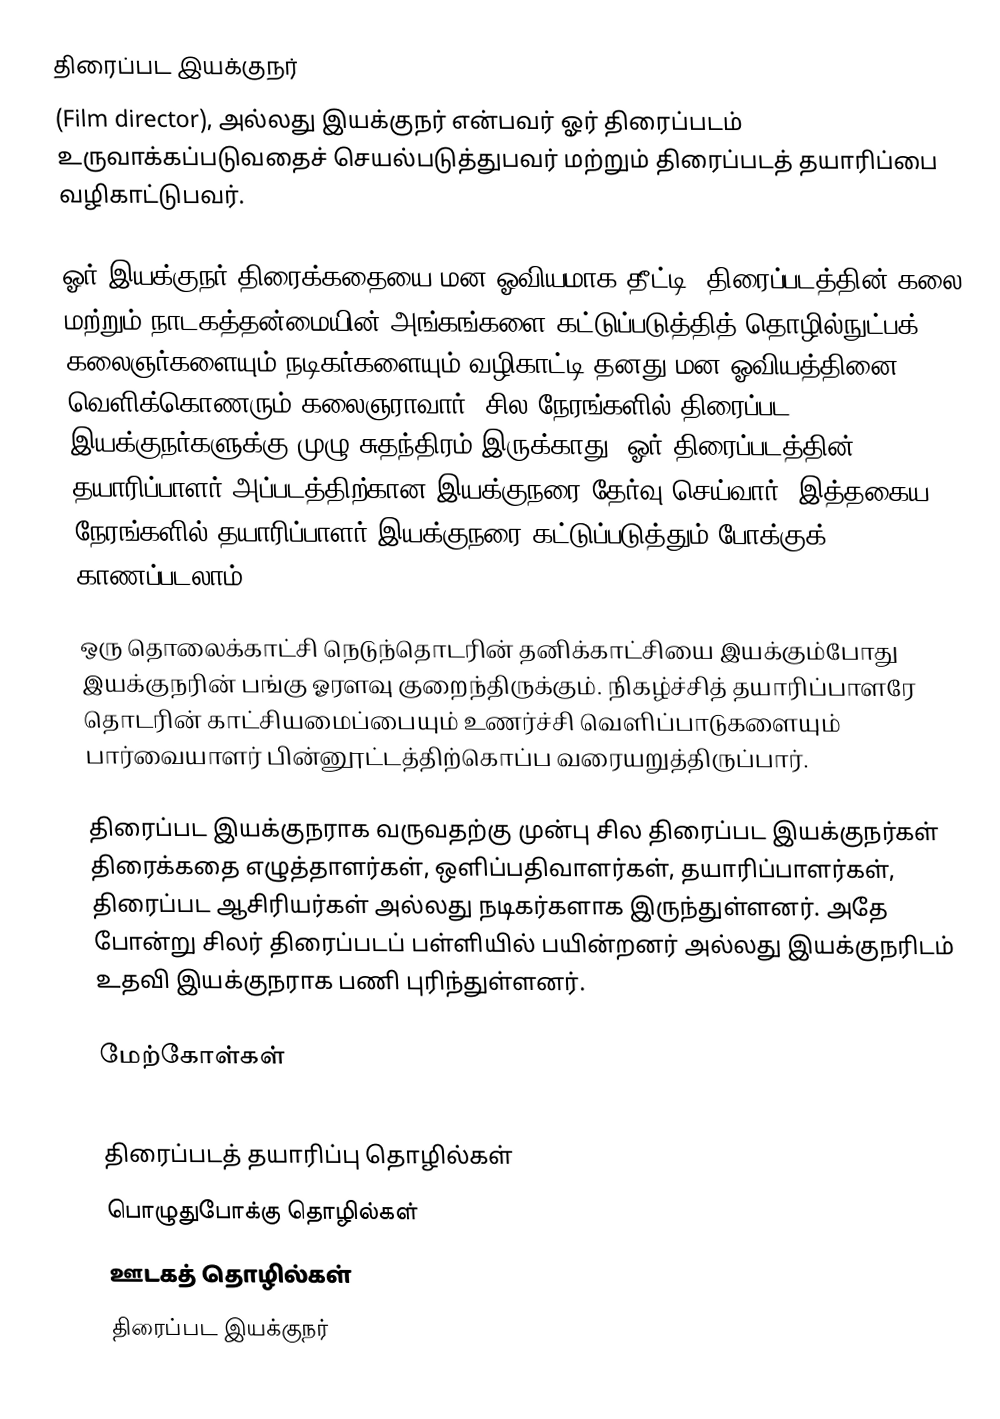
திரைப்பட இயக்குநர்
(Film director), அல்லது இயக்குநர் என்பவர் ஓர் திரைப்படம் உருவாக்கப்படுவதைச் செயல்படுத்துபவர் மற்றும் திரைப்படத் தயாரிப்பை வழிகாட்டுபவர்.

ஓர் இயக்குநர் திரைக்கதையை மன ஓவியமாக தீட்டி, திரைப்படத்தின் கலை மற்றும் நாடகத்தன்மையின் அங்கங்களை கட்டுப்படுத்தித் தொழில்நுட்பக் கலைஞர்களையும்  நடிகர்களையும் வழிகாட்டி தனது மன ஓவியத்தினை வெளிக்கொணரும் கலைஞராவார். சில நேரங்களில் திரைப்பட இயக்குநர்களுக்கு முழு சுதந்திரம் இருக்காது. ஓர் திரைப்படத்தின் தயாரிப்பாளர் அப்படத்திற்கான இயக்குநரை தேர்வு செய்வார். இத்தகைய நேரங்களில் தயாரிப்பாளர் இயக்குநரை கட்டுப்படுத்தும் போக்குக் காணப்படலாம்.

ஒரு தொலைக்காட்சி நெடுந்தொடரின் தனிக்காட்சியை இயக்கும்போது இயக்குநரின் பங்கு ஓரளவு குறைந்திருக்கும். நிகழ்ச்சித் தயாரிப்பாளரே தொடரின் காட்சியமைப்பையும் உணர்ச்சி வெளிப்பாடுகளையும் பார்வையாளர் பின்னூட்டத்திற்கொப்ப வரையறுத்திருப்பார்.

திரைப்பட இயக்குநராக வருவதற்கு முன்பு சில திரைப்பட இயக்குநர்கள் திரைக்கதை எழுத்தாளர்கள், ஒளிப்பதிவாளர்கள், தயாரிப்பாளர்கள், திரைப்பட ஆசிரியர்கள் அல்லது நடிகர்களாக இருந்துள்ளனர். அதே போன்று  சிலர் திரைப்படப் பள்ளியில் பயின்றனர் அல்லது இயக்குநரிடம் உதவி இயக்குநராக பணி புரிந்துள்ளனர்.

மேற்கோள்கள்

திரைப்படத் தயாரிப்பு தொழில்கள்
பொழுதுபோக்கு தொழில்கள்
ஊடகத் தொழில்கள்
திரைப்பட இயக்குநர்